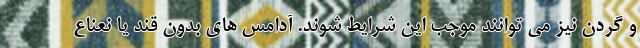
و گردن نیز می توانند موجب این شرایط شوند. آدامس های بدون قند یا نعناع